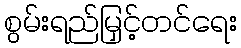
စွမ်းရည်မြှင့်တင်ရေး